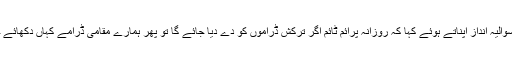
انہوں نے سوالیہ انداز اپناتے ہوئے کہا کہ روزانہ پرائم ٹائم اگر ترکش ڈراموں کو دے دیا جائے گا تو پھر ہمارے مقامی ڈرامے کہاں دکھائے جائیں گے۔